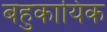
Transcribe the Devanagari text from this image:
बहुकायिक